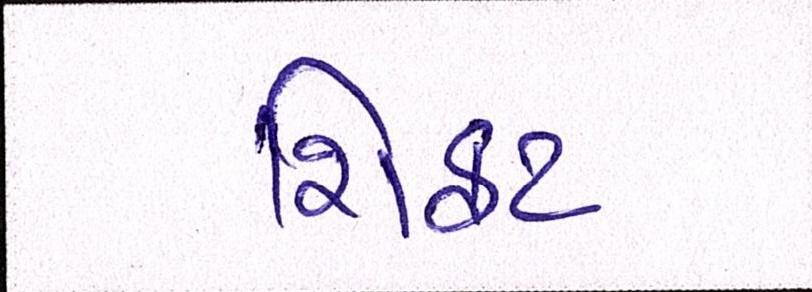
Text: શિફટ